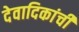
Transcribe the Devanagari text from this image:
देवादिकांची